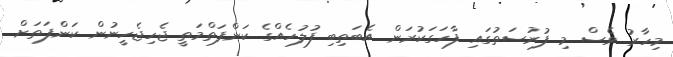
މިހާރު ވެސް މި ފުރުސަތުގައި ފާހަގަކުރަން އެބަތިބި ފުލުހެއްގެ ކަންފަތްމަތީ ޖެހިޖެހީނުން ކަންފަތަށް